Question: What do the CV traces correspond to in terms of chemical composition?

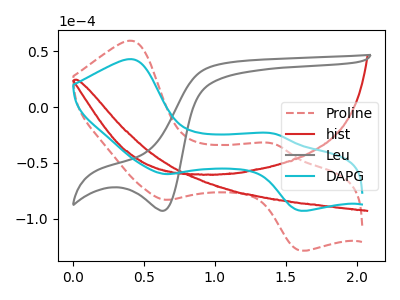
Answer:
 <answer>The red dashed curve is labeled "Proline". The red curve is labeled "hist". The gray curve is labeled "Leu". The cyan curve is labeled "DAPG".</answer>
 <eval></eval>